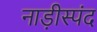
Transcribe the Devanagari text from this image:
नाड़ीस्पंद